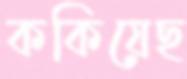
ককিয়েছ